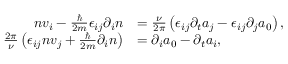
\begin{array} { r l } { n v _ { i } - \frac { \hbar } { 2 m } \epsilon _ { i j } \partial _ { i } n } & { = \frac { \nu } { 2 \pi } \left( \epsilon _ { i j } \partial _ { t } a _ { j } - \epsilon _ { i j } \partial _ { j } a _ { 0 } \right) , } \\ { \frac { 2 \pi } { \nu } \left( \epsilon _ { i j } n v _ { j } + \frac { \hbar } { 2 m } \partial _ { i } n \right) } & { = \partial _ { i } a _ { 0 } - \partial _ { t } a _ { i } , } \end{array}